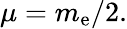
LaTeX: \mu=m_{\mathrm{e}}/2.